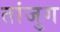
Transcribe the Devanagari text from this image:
तांजुग